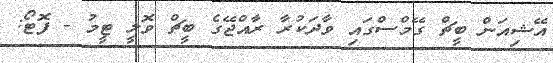
އޭޝިއަން ބީޗް ގޭމްސްގައި ވާދަކުރާ ރާއްޖޭގެ ބީޗް ވޮލީ ޓީމު - ފޮޓޯ: